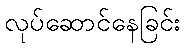
လုပ်ဆောင်နေခြင်း